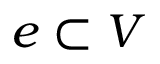
e \subset V